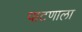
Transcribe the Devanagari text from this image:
पाटणाला